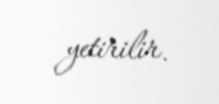
yetirilir.